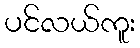
ပင်လယ်ကူး